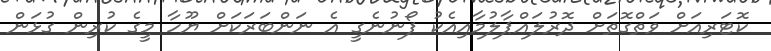
ކޮޓަރިއަށް ވަތްގޮތަށް ދޮރުލައްޕާލުމާއިއެކު ފޯނުނެގީ އެ ނަންބަރަކަށް ޔޫހާ މީގެ ކުރިން ގުޅަން